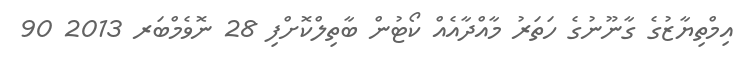
އިމްތިޔާޒުގެ ގާނޫނުގެ ހަތަރު މާއްދާއެއް ކޯޓުން ބާތިލްކޮށްފި 28 ނޮވެމްބަރ 2013 90